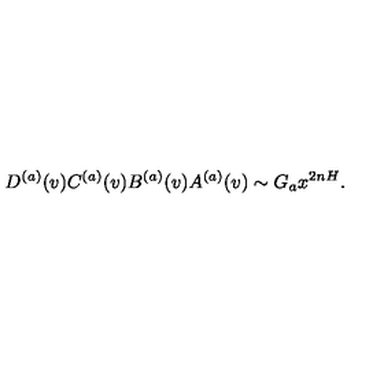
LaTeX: D ^ { ( a ) } ( v ) C ^ { ( a ) } ( v ) B ^ { ( a ) } ( v ) A ^ { ( a ) } ( v ) \sim G _ { a } x ^ { 2 n H } .